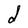
Character: d